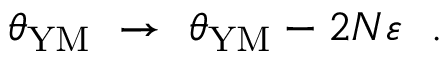
\theta _ { \mathrm { Y M } } ~ \to ~ \theta _ { \mathrm { Y M } } - 2 N \varepsilon ~ ~ .